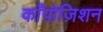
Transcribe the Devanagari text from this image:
काँपोज़िशन